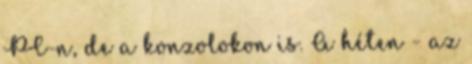
PC-n, de a konzolokon is. A héten - az